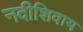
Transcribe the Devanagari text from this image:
नदीशिवाय